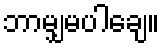
ဘာမျှမပါချေ။